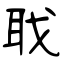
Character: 聀